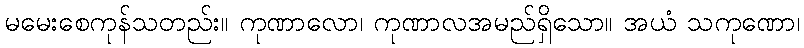
မမေးစေကုန်သတည်း။ ကုဏာလော၊ ကုဏာလအမည်ရှိသော။ အယံ သကုဏော၊